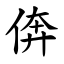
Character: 倴